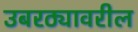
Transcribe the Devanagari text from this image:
उबरठ्यावरील